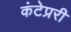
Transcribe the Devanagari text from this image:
कंटेप्ररी